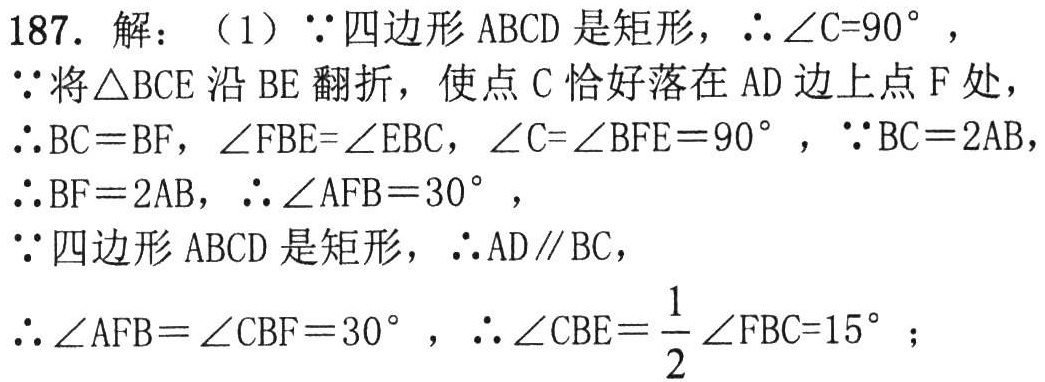
187. 解：（1）\(\because\)四边形\(ABCD\)是矩形，\(\therefore\angle C = 90^{\circ}\)，
\(\because\)将\(\triangle BCE\)沿\(BE\)翻折，使点\(C\)恰好落在\(AD\)边上点\(F\)处，
\(\therefore BC = BF\)，\(\angle FBE=\angle EBC\)，\(\angle C=\angle BFE = 90^{\circ}\)，\(\because BC = 2AB\)，
\(\therefore BF = 2AB\)，\(\therefore\angle AFB = 30^{\circ}\)，
\(\because\)四边形\(ABCD\)是矩形，\(\therefore AD\parallel BC\)，
\(\therefore\angle AFB=\angle CBF = 30^{\circ}\)，\(\therefore\angle CBE=\dfrac{1}{2}\angle FBC = 15^{\circ}\)；